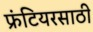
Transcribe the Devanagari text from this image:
फ्रंटियरसाठी